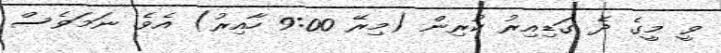
ވީ މީގެ ދެ ގަޑިއިރު ކުރިން (މިރޭ 9:00 ހާއިރު) އެވެ. ނަމަވެސް